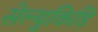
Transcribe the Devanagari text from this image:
सेल्युकिड़ि